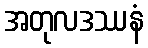
အတုလဒဿနံ